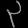
Digit: ၃